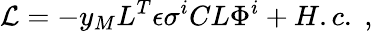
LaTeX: {\cal L}=-y_{M}L^{T}\epsilon\sigma^{i}CL\Phi^{i}+H.c.\; ,